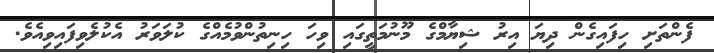
ފެންތަށި ހިފައިގެން ދިޔަ އިރު ޝިޔާމްގެ މޫނުމަތީގައި ވިހަ ހިނިތުންވުމެއްގެ ކުލަވަރު އެކުލެވިފައިވިއެވެ.